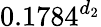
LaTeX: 0.1784^{d_{2}}